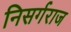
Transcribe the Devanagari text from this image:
निसर्गराज